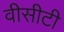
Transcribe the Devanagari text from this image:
वीसीटी